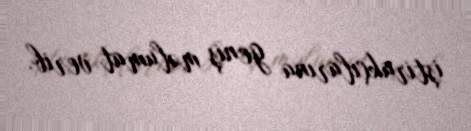
iştirakçılarına geniş məlumat verib.